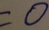
= 0